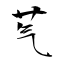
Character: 芞